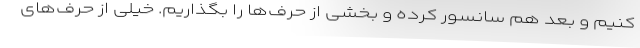
کنیم و بعد هم سانسور کرده و بخشی از حرف‌ها را بگذاریم. خیلی از حرف‌های